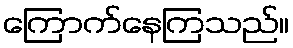
ကြောက်နေကြသည်။